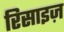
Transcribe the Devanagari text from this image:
रिसाइज़